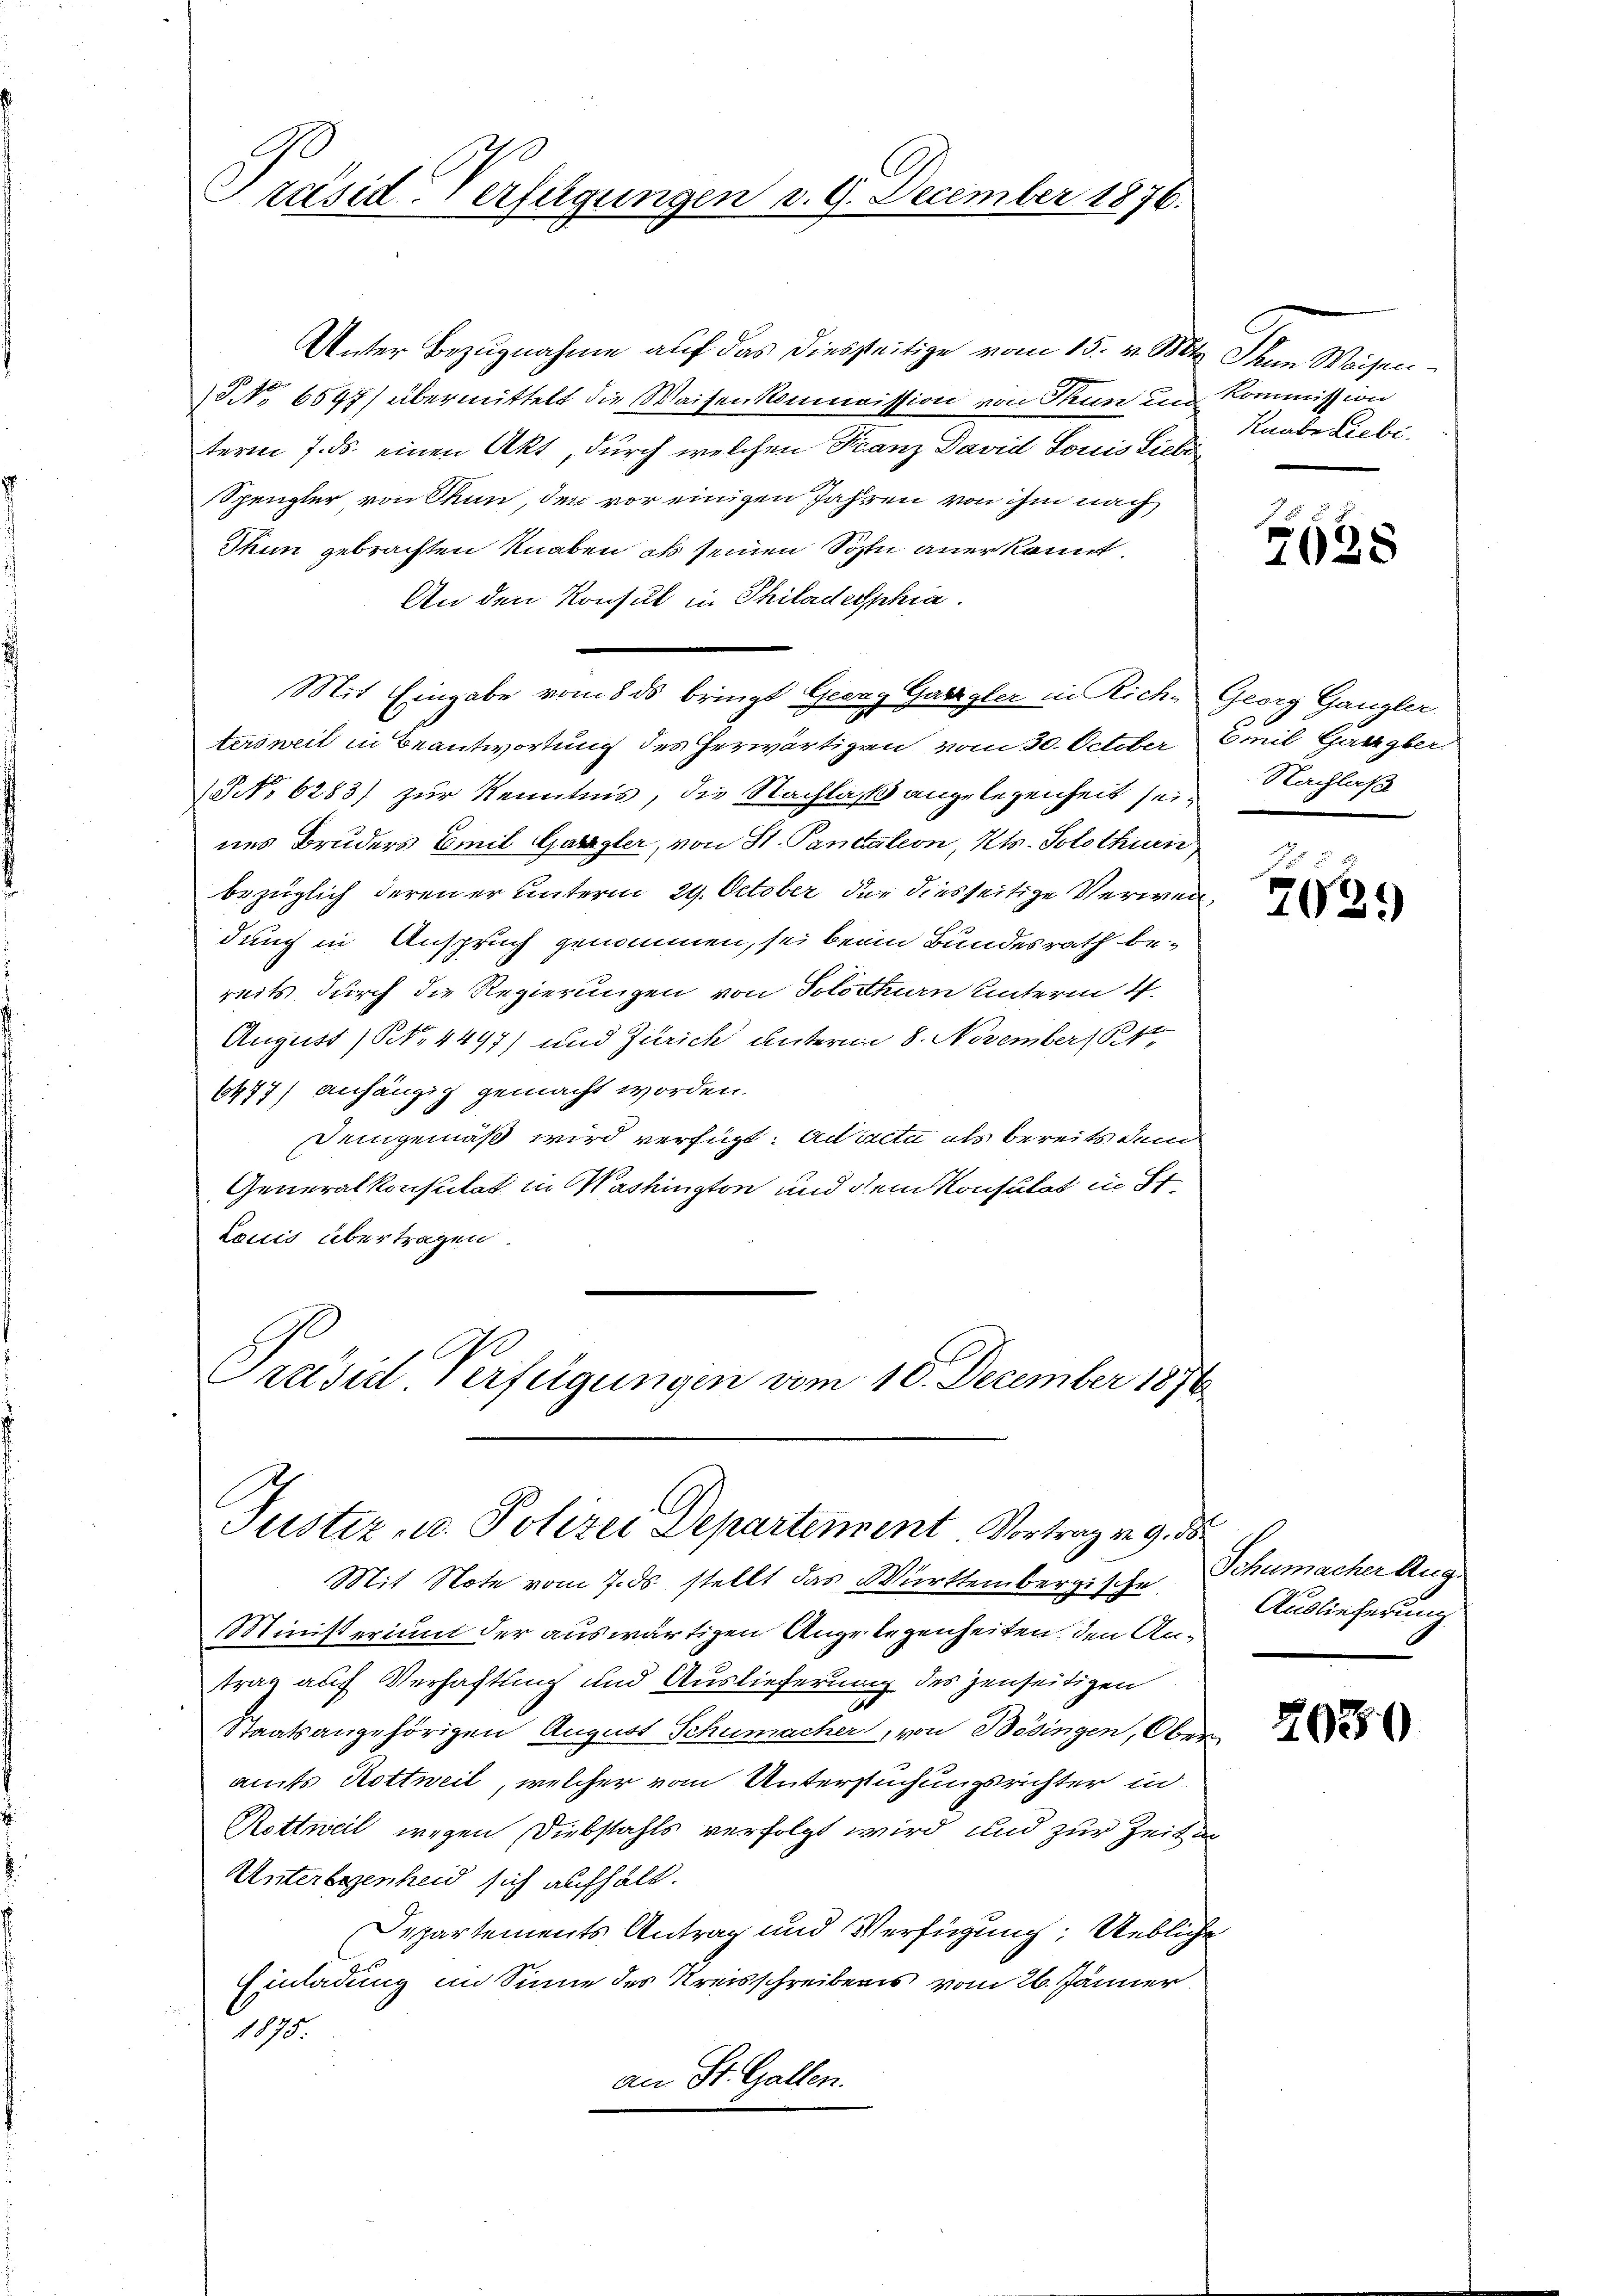
Präsid-Verfügungen v. 9. December 1876.

Unter Bezugnahme auf das diesseitige vom 15. v. Mts. Thun Waisen¬
NNo. 6597) übermittelt die Waisenkommission von Thun im Kommission
term 7. ds. einen Akt, durch welchen Franz David Sonis Liebe
Spengler, von Stun, der vor einigen Jahren von ihm nach
Thun gebrachten Knaben, ob seinen Sohn anerkannt,
An den Konsul in Philadelphia
Mit Eingabe vom 8. ds bringt Georg Garzgler in Rich- Georg Gangler
tersweil in Beantwortung des herwärtigen vom 30. October Emil Gatzgber
(NNo. 6283) zur Kenntnis, die Nachlaß angelegenheit sein Nachlaß
nes Bruders Emil Gabegler, von St. Pantation, Kts. Solothin
bezüglich deren er unterm 29. October der diesseitige Verwei
dung in Anspruch genommen, sei beim Bundesrath bereits durch die Regierungen von Solothurn unterm 4.
August / NNo. 4447) und Zürich unterm 8. November 1831,
6477) anhängig gemacht worden.
Demgemäß wird verfügt: ad acta als bereits dem
Generalkonsulat in Washington und dem Konsulat in St
Lauis übertragen.
Präsid. Verfügungen vom 16. December 1890

Justiz- u. Polizei Departement Vortrag v. 9. d

Mit Note vom 7. ds. stellt das Württembergische
MMinisterium der auswärtigen Angelegenheiten, den Antrag auf Verhaftung und Auslieferung des jenseitigen
Staatsangehörigen August Schumacher, von Besingen, Ober
amts Rottweil, welcher vom Untersuchungsrichter in
Rottweil wegen Diebstahls verfolgt wird und zur Zeitan¬
Unterlegenheid sich aufhält.
Departements Antrag und Verfügung: Uebliche
Einladung im Sinne des Kreisschreibens vom 26. Jänner
190
an St. Gallen.

Knabe Liebi

2038

7639

Schumacher Aug.
Auslieferung

2030